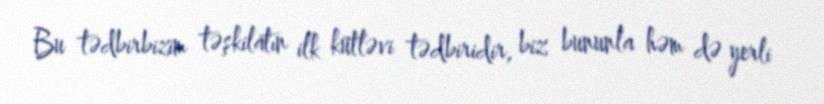
Bu tədbirbizim təşkilatın ilk kütləvi tədbiridir, biz bununla həm də yerli